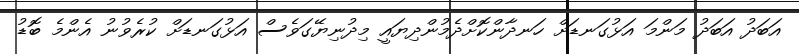
އަބަދު އަބަދު މަންމަ އަޅުގަނޑަށް ހަނދާންކޮށްދެމުންދިޔައީ މިދުނިޔޭގަވެސް އަޅުގަނޑަށް ކުރެވުނު އެންމެ ބޮޑު